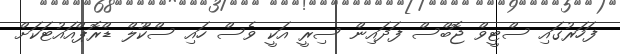
ފަހަރުގައި ސްޓީވް ޖޮބްސް ފަދައިން ސިރީ އަކީ ވެސް ހައި ސްކޫލް ޑްރޮޕްއައުޓަކަށް